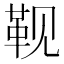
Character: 𮸮